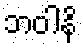
ဘဝါနိ